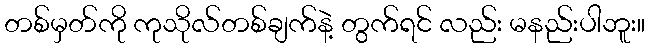
တစ်မှတ်ကို ကုသိုလ်တစ်ချက်နဲ့ တွက်ရင် လည်း မနည်းပါဘူး။